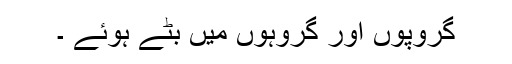
گروپوں اور گروہوں میں بٹے ہوئے ۔